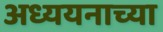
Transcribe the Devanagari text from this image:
अध्ययनाच्या